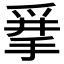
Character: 𰠂